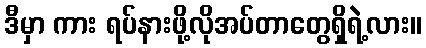
ဒီမှာ ကား ရပ်နားဖို့လိုအပ်တာတွေရှိရဲ့လား။